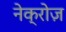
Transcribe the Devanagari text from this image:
नेक्रोज़